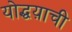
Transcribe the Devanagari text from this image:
योद्धय़ाची